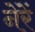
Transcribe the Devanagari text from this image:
नेरें